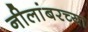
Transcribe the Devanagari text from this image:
नीलांबरच्या